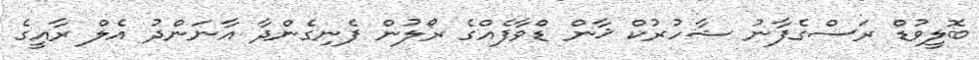
ބޮލީވުޑް ރަސްގެފާނު ޝާހުރުކް ޚާން ޑްވާފެއްގެ ރޯލުން ފެނިގެންދާ އާނަންދު އެލް ރާއީގެ